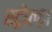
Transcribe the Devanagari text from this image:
स्ट्रोल्ज़